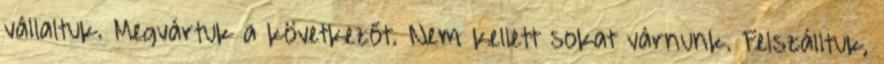
vállaltuk. Megvártuk a következőt. Nem kellett sokat várnunk. Felszálltuk,